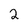
Character: 2